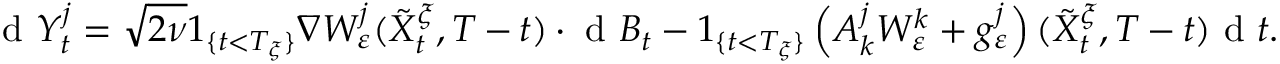
\textrm { d } Y _ { t } ^ { j } = \sqrt { 2 \nu } 1 _ { \{ t < T _ { \xi } \} } \nabla W _ { \varepsilon } ^ { j } ( \tilde { X } _ { t } ^ { \xi } , T - t ) \cdot \textrm { d } B _ { t } - 1 _ { \{ t < T _ { \xi } \} } \left( A _ { k } ^ { j } W _ { \varepsilon } ^ { k } + g _ { \varepsilon } ^ { j } \right) ( \tilde { X } _ { t } ^ { \xi } , T - t ) \textrm { d } t .